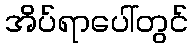
အိပ်ရာပေါ်တွင်